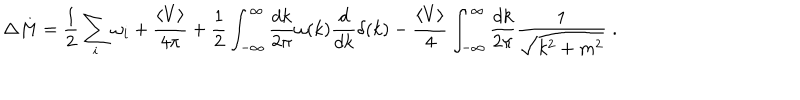
LaTeX: \Delta M = \frac { 1 } { 2 } \sum _ { i } \omega _ { i } + \frac { \left< V \right> } { 4 \pi } + \frac { 1 } { 2 } \int _ { - \infty } ^ { \infty } \frac { d k } { 2 \pi } \omega ( k ) \frac { d } { d k } \delta ( k ) - \frac { \left< V \right> } { 4 } \int _ { - \infty } ^ { \infty } \frac { d k } { 2 \pi } \frac { 1 } { \sqrt { k ^ { 2 } + m ^ { 2 } } } \; .